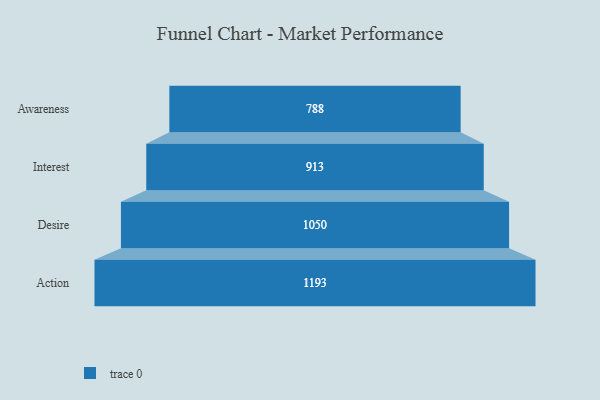
{"axis": {"x": "Stage", "y": "Value"}, "legend": [""], "data": [{"x": "Awareness", "y": 788.0, "type": ""}, {"x": "Interest", "y": 913.0, "type": ""}, {"x": "Desire", "y": 1050.0, "type": ""}, {"x": "Action", "y": 1193.0, "type": ""}]}